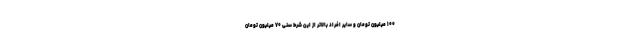
۱۰۰ میلیون تومان و سایر افراد بالاتر از این شرط سنی ۷۰ میلیون تومان